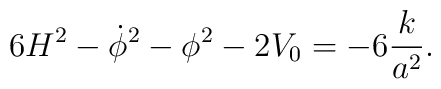
6 H^2 - \dot{\phi}^2 - \phi^2 - 2 V_0 = -6 {k \over a^2}.